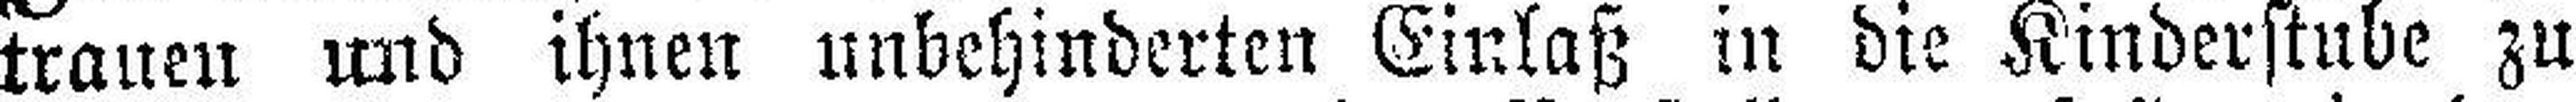
trauen und ihnen unbehinderten Einlaß in die Kinderstube zu